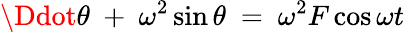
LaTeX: \Ddot{\theta}\ +\ \omega^{2}\sin{\theta}\ =\ \omega^{2}F\cos{\omega t}